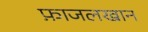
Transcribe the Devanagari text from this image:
फ़ाजलखान